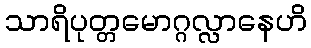
သာရိပုတ္တမောဂ္ဂလ္လာနေဟိ